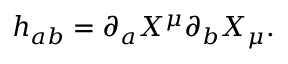
h _ { a b } = \partial _ { a } X ^ { \mu } \partial _ { b } X _ { \mu } .